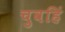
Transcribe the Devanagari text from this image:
चुवहिं